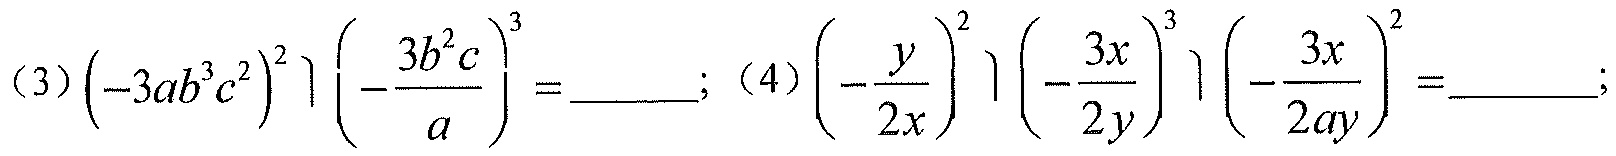
(3)\(\left(-3ab^{3}c^{2}\right)^{2}\left(-\frac{3b^{2}c}{a}\right)^{3}=\_\_\_\_\); (4)\(\left(-\frac{y}{2x}\right)^{2}\left(-\frac{3x}{2y}\right)^{3}\left(-\frac{3x}{2ay}\right)^{2}=\_\_\_\_\);